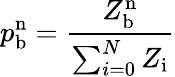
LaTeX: p_{\mathrm{b}}^{\mathrm{n}}=\frac{Z_{\mathrm{b}}^{\mathrm{n}}}{\sum_{i=0}^{N}Z_{\mathrm{i}}}